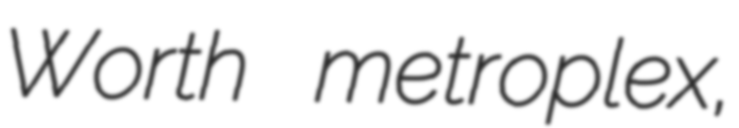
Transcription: Worth metroplex,